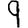
Digit: 9